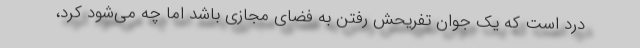
درد است که یک جوان تفریحش رفتن به فضای مجازی باشد اما چه می‌شود کرد،